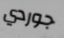
جوردي